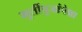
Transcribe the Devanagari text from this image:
मुर्तीपुजांपेक्षा